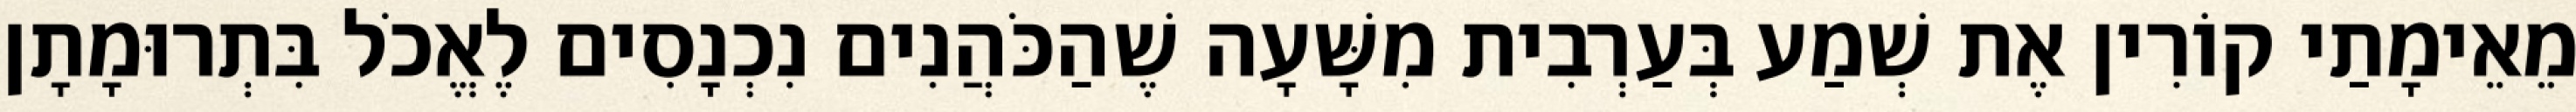
מֵאֵימָתַי קוֹרִין אֶת שְׁמַע בְּעַרְבִית מִשָּׁעָה שֶׁהַכֹּהֲנִים נִכְנָסִים לֶאֱכֹל בִּתְרוּמָתָן